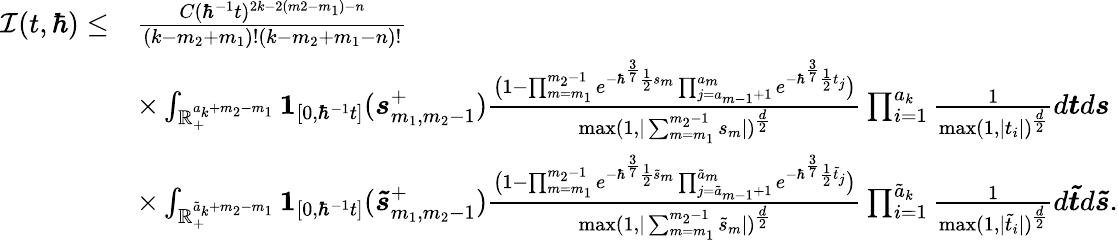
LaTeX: \begin{array}{rl}{\mathcal{I}(t,\hbar)\leq}&{\frac{C(\hbar^{-1}t)^{2k-2(m2-m_{1})-n}}{(k-m_{2}+m_{1})!(k-m_{2}+m_{1}-n)!}}\\ &{\times\int_{\mathbb{R}_{+}^{a_{k}+m_{2}-m_{1}}}\boldsymbol{1}_{[0,\hbar^{-1}t]}(\boldsymbol{s}_{m_{1},m_{2}-1}^{+})\frac{\big(1-\prod_{m=m_{1}}^{m_{2}-1}e^{-\hbar^{\frac{3}{7}}\frac{1}{2}s_{m}}\prod_{j=a_{m-1}+1}^{a_{m}}e^{-\hbar^{\frac{3}{7}}\frac{1}{2}t_{j}}\big)}{\operatorname*{max}(1,|\sum_{m=m_{1}}^{m_{2}-1}s_{m}|)^{\frac{d}{2}}}\prod_{i=1}^{a_{k}}\frac{1}{\operatorname*{max}(1,|t_{i}|)^{\frac{d}{2}}}d\boldsymbol{t}d\boldsymbol{s}}\\ &{\times\int_{\mathbb{R}_{+}^{\tilde{a}_{k}+m_{2}-m_{1}}}\boldsymbol{1}_{[0,\hbar^{-1}t]}(\boldsymbol{\tilde{s}}_{m_{1},m_{2}-1}^{+})\frac{\big(1-\prod_{m=m_{1}}^{m_{2}-1}e^{-\hbar^{\frac{3}{7}}\frac{1}{2}\tilde{s}_{m}}\prod_{j=\tilde{a}_{m-1}+1}^{\tilde{a}_{m}}e^{-\hbar^{\frac{3}{7}}\frac{1}{2}\tilde{t}_{j}}\big)}{\operatorname*{max}(1,|\sum_{m=m_{1}}^{m_{2}-1}\tilde{s}_{m}|)^{\frac{d}{2}}}\prod_{i=1}^{\tilde{a}_{k}}\frac{1}{\operatorname*{max}(1,|\tilde{t}_{i}|)^{\frac{d}{2}}}d\boldsymbol{\tilde{t}}d\boldsymbol{\tilde{s}}.}\end{array}